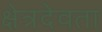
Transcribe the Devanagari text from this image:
क्षेत्रदेवता